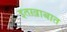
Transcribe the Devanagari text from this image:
इतख़ाबात